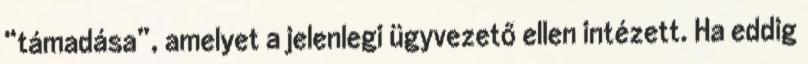
“támadása”, amelyet a jelenlegi ügyvezető ellen intézett. Ha eddig